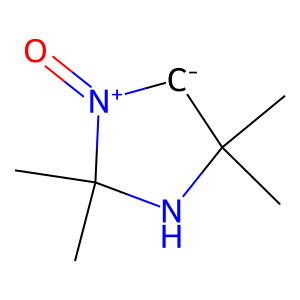
SMILES: CC1(C)[CH-][N+](=O)C(C)(C)N1
Inhibits HIV replication: No